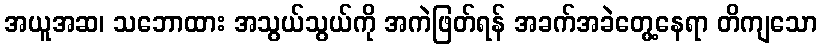
အယူအဆ၊ သဘောထား အသွယ်သွယ်ကို အကဲဖြတ်ရန် အခက်အခဲတွေ့နေရာ တိကျသော